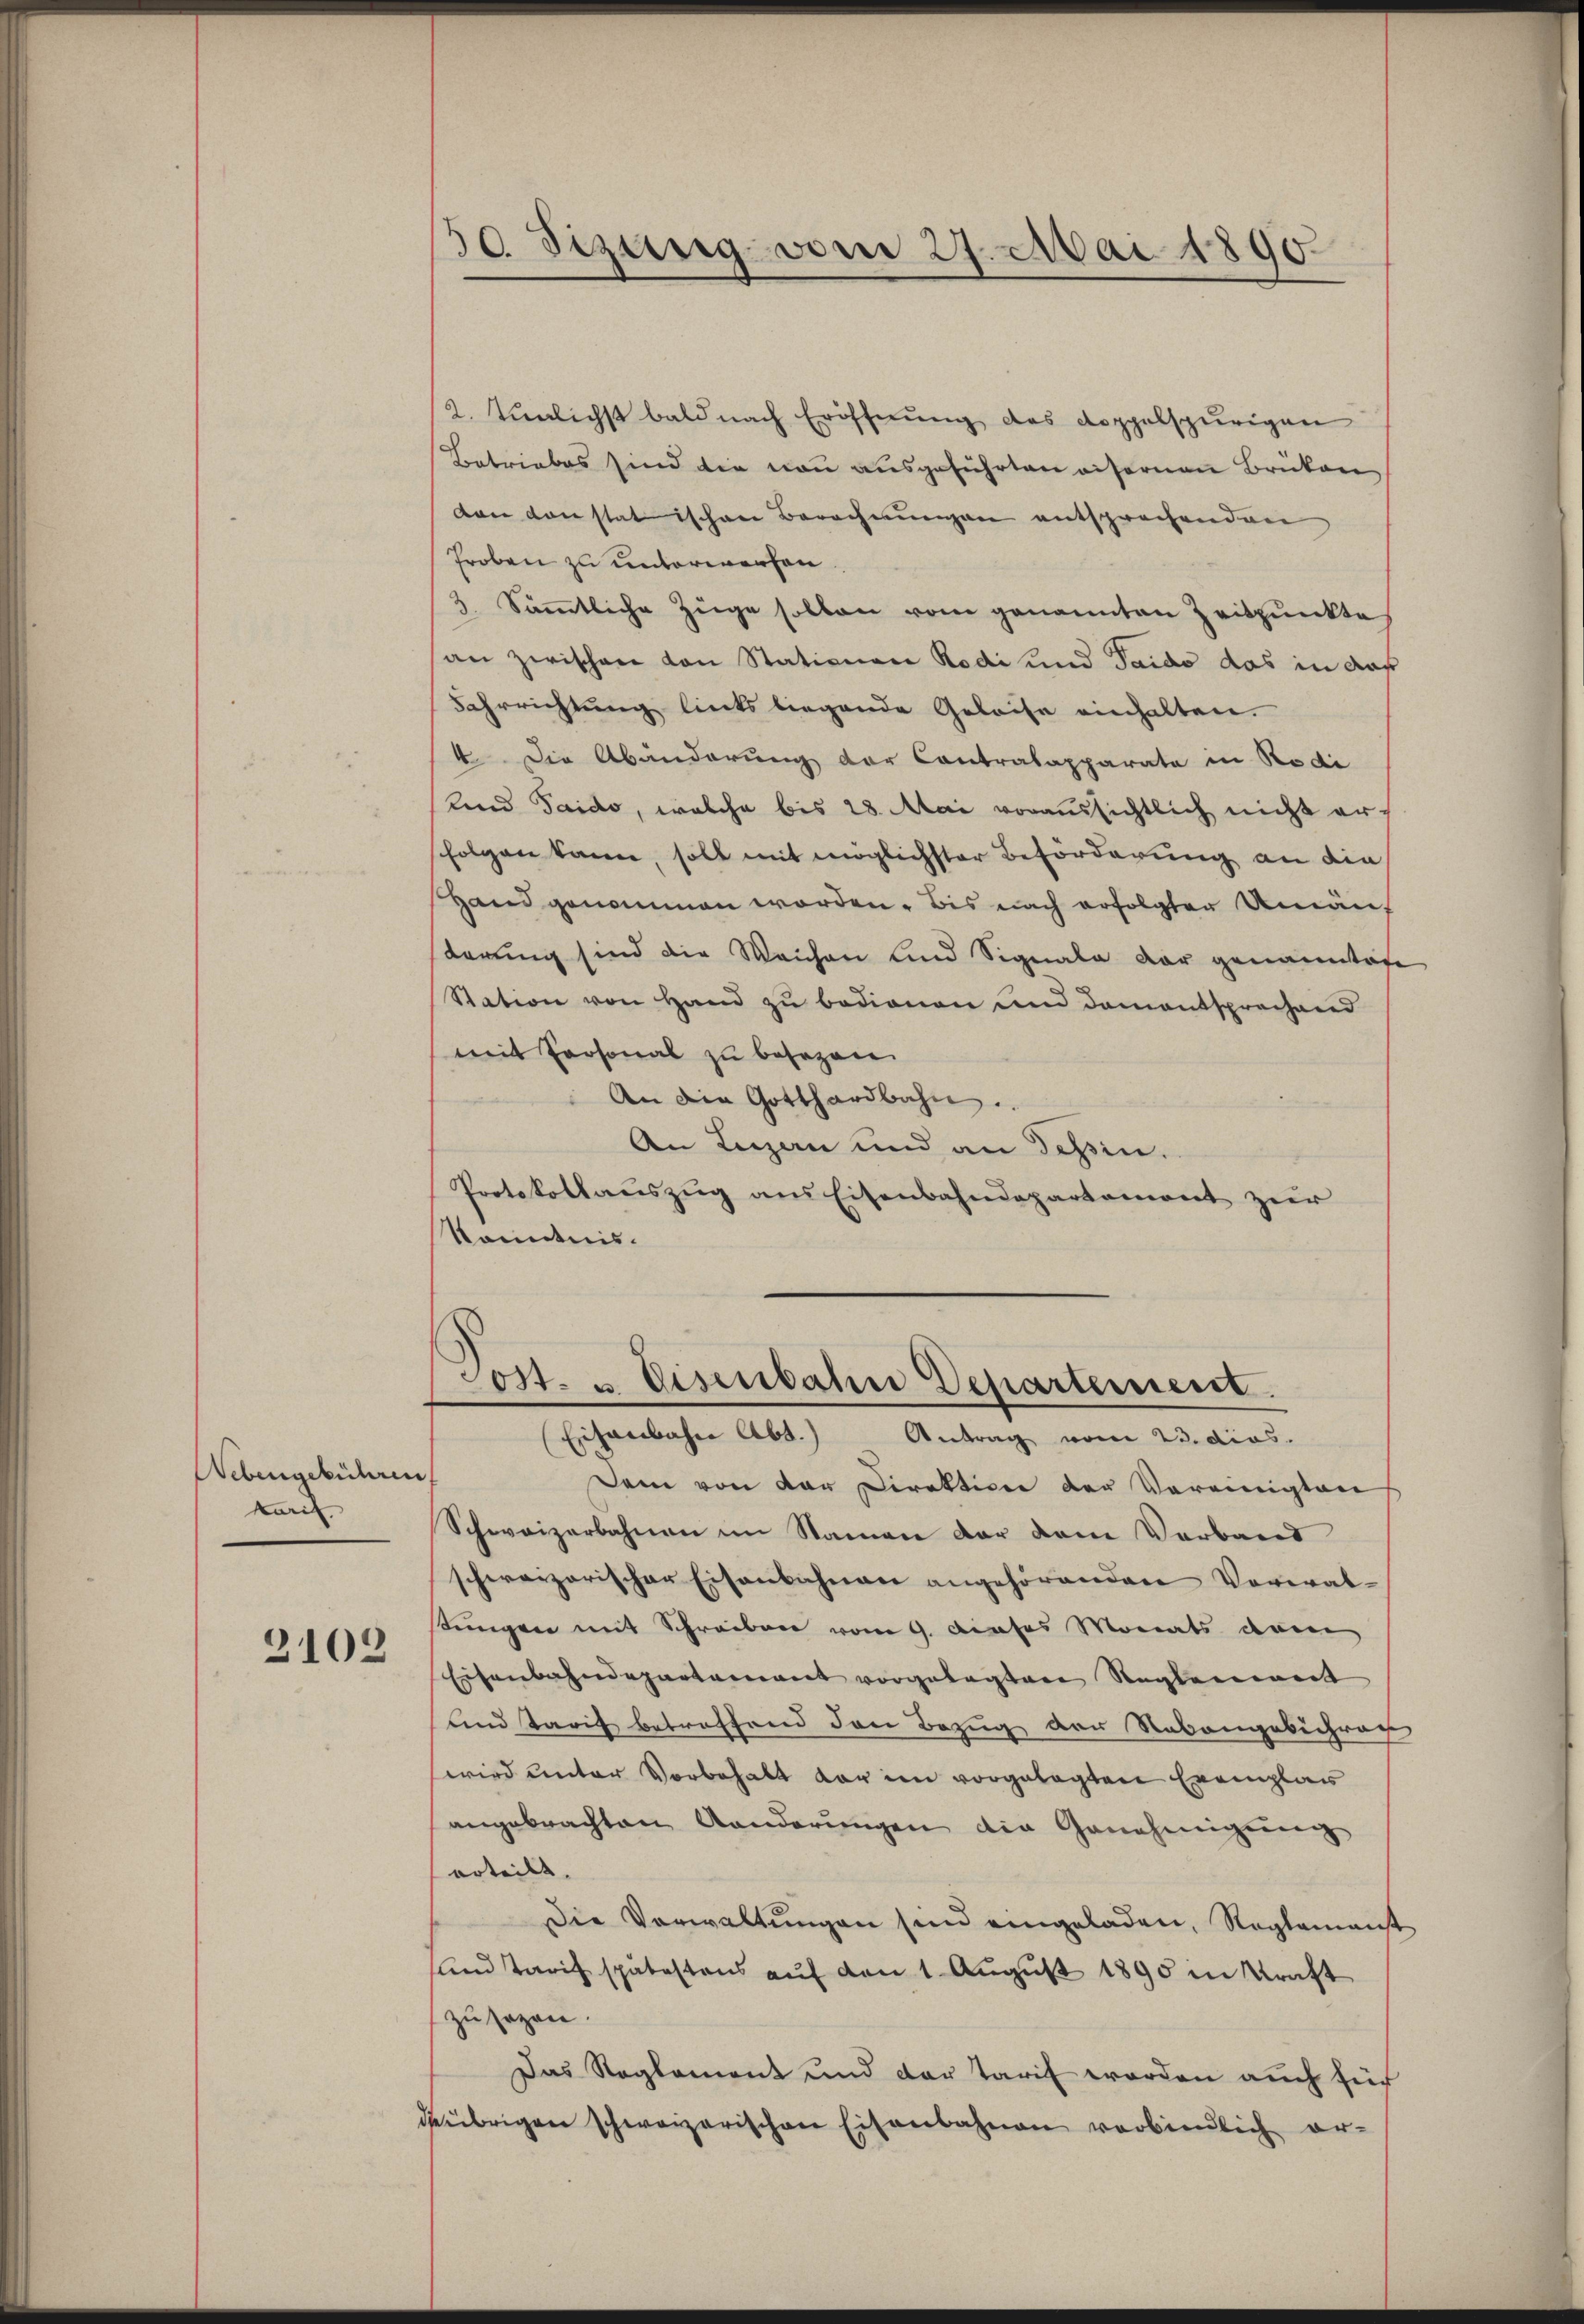
Nebengebühren
karif
2108

2. Tunlichst bald nach Eröffnung des doppelspurigen
Betriebes sind die non ausgeführten eisernen Brüken
ven von statischen Berechnungen entsprochenden
Froben zu unterwerfen.
3. Sämmtliche Züge sollen vom genannten Zeitpunkte
an zwischen von Stationen Rodi und Taido das in auf
Fahrrichtung lients liegende Geleise einhalten.
4. Die Abänderung der Contralapparata in Kodi
und Taido, welche bis 28. Mai voraussichtlich nicht ersfolgen kann, soll mit möglichster Beförderung an die
Hand genommen worden. Bis nach erfolgter Unauf
derung sind die Weichen und Signale der genanntage
Station von Hand zu bedienen und damentsprechend
mit Personal zu besezen.
An die Gotthardbahn.
An Luzern und an Tessin.
Protokollauszug aus Eisenbahndepartement zur
Kenntnis.

30. Sizung vom 27. Mai 1890.
.

Post- u. Eisenbahn Departement.
Eisenbahre Abt.) Antrag vom 23. dies.

Dem von der Direktion der Vereinigten
Schweizerbahnen im Namen der dem Verband
schweizerischer Eisenbahnen angehörenden Vorwal-
tungen mit Schreiben vom 9. dieses Monats dein
Eisenbahndepartement vorgelegten Reglement
und Tarif betreffend den Bezug der Robangebührer
wird unter Vorbehalt der im vorgelegten Exemplar
angebrachten Anderungen die Genehmigŭng
erteilt.
Die Verwaltungen sind eingeladen, Reglement
und Tarif spätestens auf den 1. August 1890 in Kraft
zusagen.
Das Reglement und der Tarif werden auch für
deübrigen schweizerischen Eisenbahnen verbindlich er-